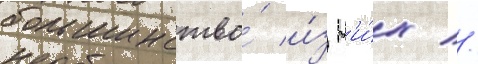
большинство́ и́з н'и́х //